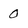
Character: 0